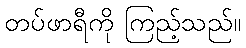
တပ်ဖာရီကို ကြည့်သည်။